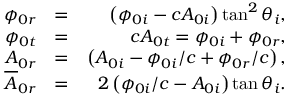
\begin{array} { r l r } { \phi _ { 0 r } } & { = } & { \left( \phi _ { 0 i } - c A _ { 0 i } \right) \tan ^ { 2 } \theta _ { i } , } \\ { \phi _ { 0 t } } & { = } & { c A _ { 0 t } = \phi _ { 0 i } + \phi _ { 0 r } , } \\ { A _ { 0 r } } & { = } & { \left( A _ { 0 i } - \phi _ { 0 i } / c + \phi _ { 0 r } / c \right) , } \\ { \overline { { A } } _ { 0 r } } & { = } & { 2 \left( \phi _ { 0 i } / c - A _ { 0 i } \right) \tan \theta _ { i } . } \end{array}